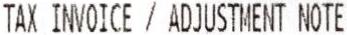
TAX INVOICE / ADJUSTMENT NOTE